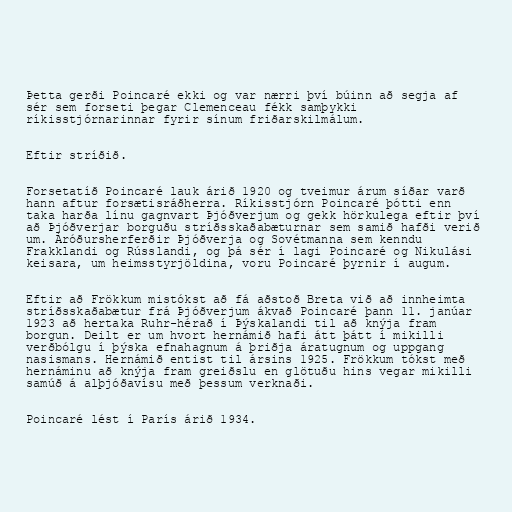
Þetta gerði Poincaré ekki og var nærri því búinn að segja af
sér sem forseti þegar Clemenceau fékk samþykki
ríkisstjórnarinnar fyrir sínum friðarskilmálum.

Eftir stríðið.

Forsetatíð Poincaré lauk árið 1920 og tveimur árum síðar varð
hann aftur forsætisráðherra. Ríkisstjórn Poincaré þótti enn
taka harða línu gagnvart Þjóðverjum og gekk hörkulega eftir því
að Þjóðverjar borguðu stríðsskaðabæturnar sem samið hafði verið
um. Áróðursherferðir Þjóðverja og Sovétmanna sem kenndu
Frakklandi og Rússlandi, og þá sér í lagi Poincaré og Nikulási
keisara, um heimsstyrjöldina, voru Poincaré þyrnir í augum.

Eftir að Frökkum mistókst að fá aðstoð Breta við að innheimta
stríðsskaðabætur frá Þjóðverjum ákvað Poincaré þann 11. janúar
1923 að hertaka Ruhr-hérað í Þýskalandi til að knýja fram
borgun. Deilt er um hvort hernámið hafi átt þátt í mikilli
verðbólgu í þýska efnahagnum á þriðja áratugnum og uppgang
nasismans. Hernámið entist til ársins 1925. Frökkum tókst með
hernáminu að knýja fram greiðslu en glötuðu hins vegar mikilli
samúð á alþjóðavísu með þessum verknaði.

Poincaré lést í París árið 1934.